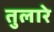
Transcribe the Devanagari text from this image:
तुलारे